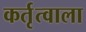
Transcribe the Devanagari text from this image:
कर्तृत्वाला